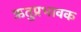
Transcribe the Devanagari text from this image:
ऋतुप्रभावक